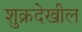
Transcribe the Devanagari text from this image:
शुक्रदेखील